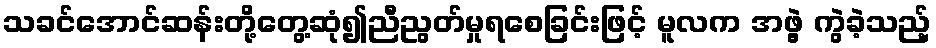
သခင်အောင်ဆန်းတို့တွေ့ဆုံ၍ညီညွတ်မှုရစေခြင်းဖြင့် မူလက အဖွဲ့ ကွဲခဲ့သည့်